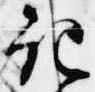
記